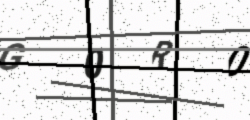
Text: G0R0